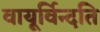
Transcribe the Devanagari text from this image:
वायूर्विन्दति